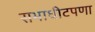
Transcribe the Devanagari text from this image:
सभाधीटपणा